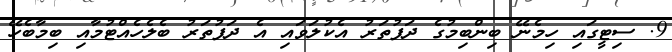
9. ސިޓީގައި ހިމެނޭ ބިންބިމުގެ ދަފުތަރު އެކުލަވައި އެ ދަފުތަރު ބެލެހެއްޓުމާއި ބިމާބެހޭ